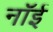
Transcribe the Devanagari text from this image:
नॉई